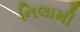
નિલામી